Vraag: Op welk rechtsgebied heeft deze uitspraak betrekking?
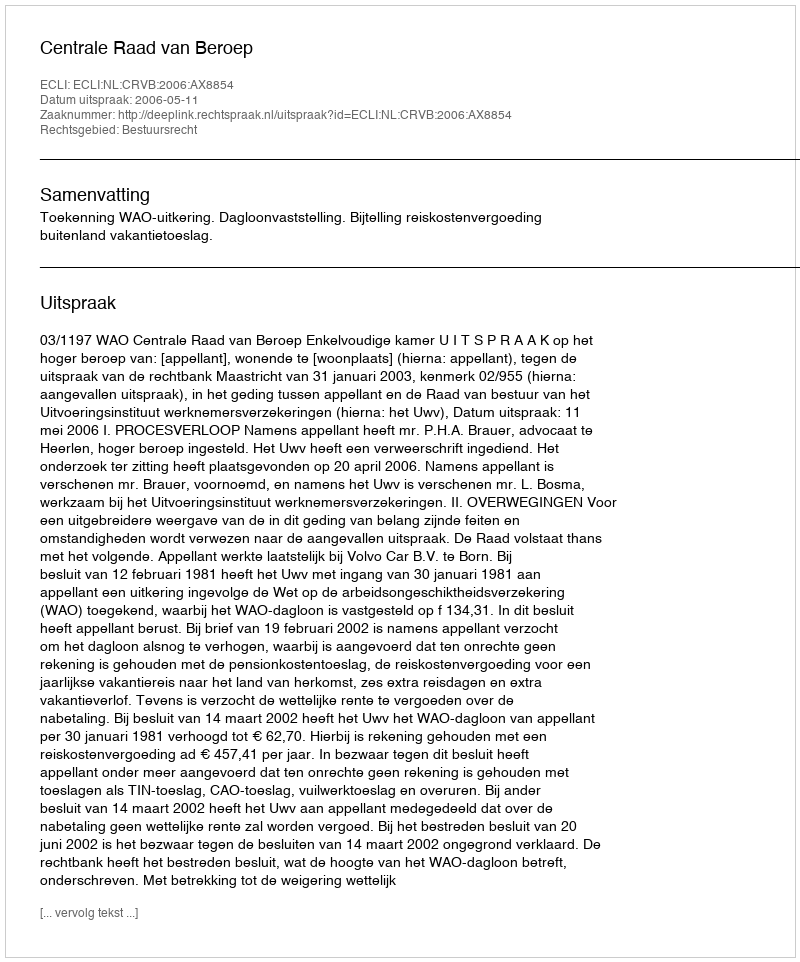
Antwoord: Bestuursrecht